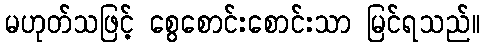
မဟုတ်သဖြင့် စွေစောင်းစောင်းသာ မြင်ရသည်။